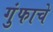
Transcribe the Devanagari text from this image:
गुंफाचे